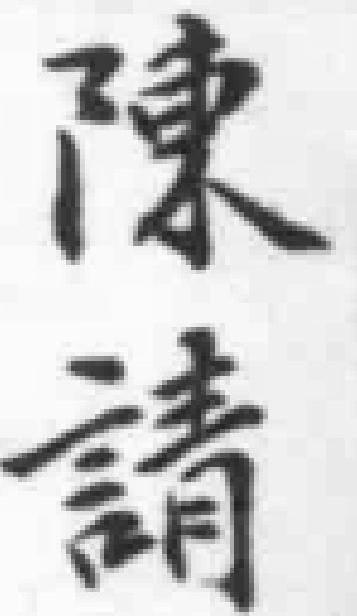
陳請